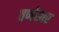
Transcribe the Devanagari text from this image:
वर्णस्वर